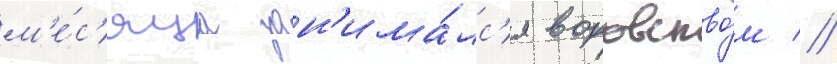
м'е́с'яца зан'има́лс'я воровство́м //